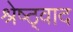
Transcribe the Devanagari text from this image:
श्रेष्ठ्वाद